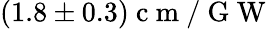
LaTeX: (1.8\pm 0.3)\mathrm{~c~m~/~G~W~}